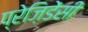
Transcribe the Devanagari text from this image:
प्रेज़िडेंसी